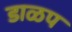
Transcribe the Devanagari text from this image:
डाळप